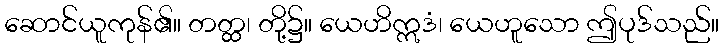
ဆောင်ယူကုန်၏။ တတ္ထ၊ တို့၌။ ယေဟိဣဒံ၊ ယေဟူသော ဤပုဒ်သည်။